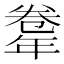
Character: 𢆤